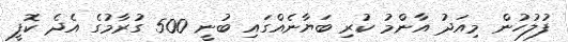
ފުލުހުން މިއަދު އާންމު ކުރި ބަޔާނެއްގައި ބުނީ 500 ގުރާމުގެ އެދެ ކޮފީ